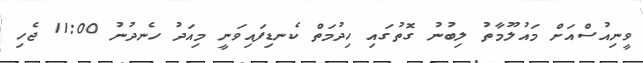
ވީނިއުސްއަށް މައުލޫމާތު ލިބުނު ގޮތުގައި ހިދުމަތް ކެނޑިފައިވަނީ މިއަދު ހެނދުނު 11:00 ޖެހި